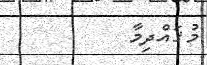
މުޤައްދިމާ